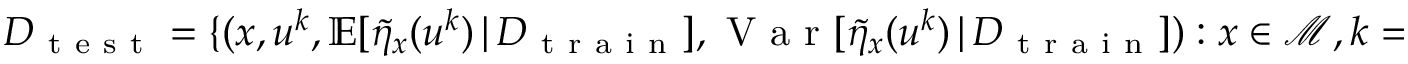
D _ { \mathrm { ~ t ~ e ~ s ~ t ~ } } = \{ ( x , u ^ { k } , \mathbb { E } [ \Tilde { \eta } _ { x } ( u ^ { k } ) \, \vert \, D _ { \mathrm { ~ t ~ r ~ a ~ i ~ n ~ } } ] , \mathrm { ~ V ~ a ~ r ~ } [ \Tilde { \eta } _ { x } ( u ^ { k } ) \, \vert \, D _ { \mathrm { ~ t ~ r ~ a ~ i ~ n ~ } } ] ) : x \in \mathcal { M } , k = 1 , 2 , \ldots , 5 0 0 0 \} .